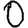
Digit: 0